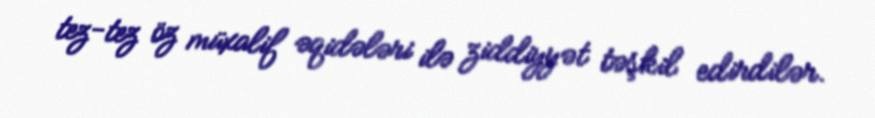
tez-tez öz müxalif əqidələri ilə ziddiyyət təşkil edirdilər.